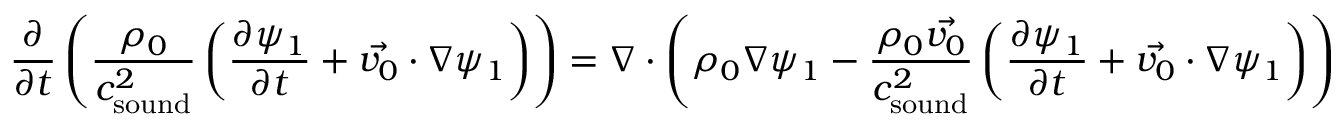
\frac { \partial } { \partial t } \left( \frac { \rho _ { 0 } } { c _ { \mathrm { s o u n d } } ^ { 2 } } \left( \frac { \partial \psi _ { 1 } } { \partial t } + \vec { v _ { 0 } } \cdot \nabla \psi _ { 1 } \right) \right) = \nabla \cdot \left( \rho _ { 0 } \nabla \psi _ { 1 } - \frac { \rho _ { 0 } \vec { v _ { 0 } } } { c _ { \mathrm { s o u n d } } ^ { 2 } } \left( \frac { \partial \psi _ { 1 } } { \partial t } + \vec { v _ { 0 } } \cdot \nabla \psi _ { 1 } \right) \right)